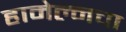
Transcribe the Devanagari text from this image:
हामेल्नचा